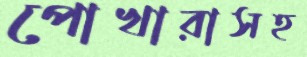
পোখারাসহ